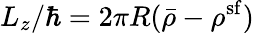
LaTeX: L_{z}/\hbar=2\pi R(\bar{\rho}-\rho^{\mathrm{sf}})